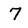
Character: 7